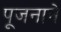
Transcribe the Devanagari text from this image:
पूजनाने